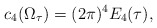
\begin{align*}c_4(\Omega_{\tau})=(2\pi)^4 E_4(\tau),\end{align*}